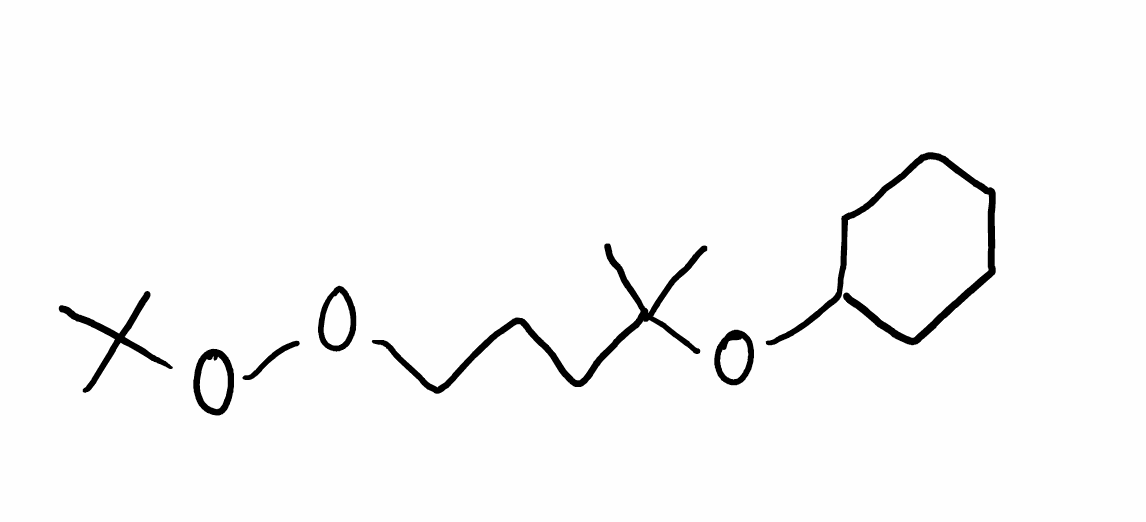
Simplified molecular-input line-entry system (SMILES) notation of the given molecule:
CC(C)(C)OOCCCC(C)(C)OC1CCCCC1